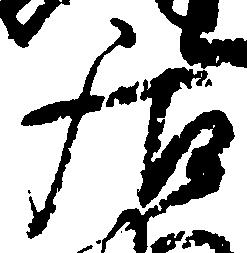
居